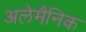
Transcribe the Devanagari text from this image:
अलेमैनिक